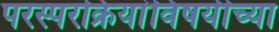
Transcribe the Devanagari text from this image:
परस्परक्रियांविषयीच्या